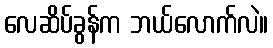
လေဆိပ်ခွန်က ဘယ်လောက်လဲ။